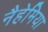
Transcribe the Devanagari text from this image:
नैहेमिया